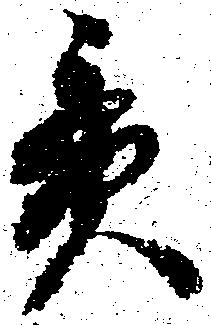
貫